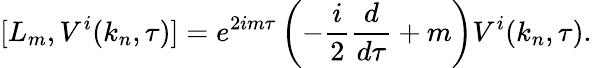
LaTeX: [L_{m},V^{i}(k_{n},\tau)]=e^{2im\tau}\left(-\frac{i}{2}\frac{d}{d\tau}+m\right)V^{i}(k_{n},\tau).